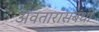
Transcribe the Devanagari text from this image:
अवतारांसंबंधी